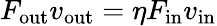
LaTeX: F_{\mathrm{out}}v_{\mathrm{out}}=\eta F_{\mathrm{in}}v_{\mathrm{in}}